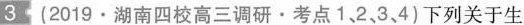
3(2019.湖南四校高三调研·考点1，2.3、4)下列关于生